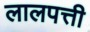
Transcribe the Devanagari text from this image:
लालपत्ती